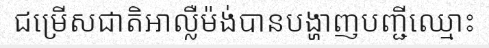
ជម្រើសជាតិអាល្លឺម៉ង់បានបង្ហាញបញ្ជីឈ្មោះ